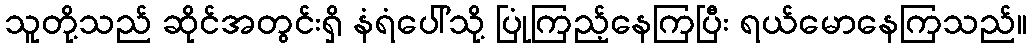
သူတို့သည် ဆိုင်အတွင်းရှိ နံရံပေါ်သို့ ပြုံကြည့်နေကြပြီး ရယ်မောနေကြသည်။